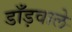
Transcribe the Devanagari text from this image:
डाँड़वाले